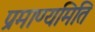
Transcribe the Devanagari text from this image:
प्रमाण्यमिति